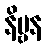
နိဗ္ဗန